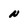
Character: N